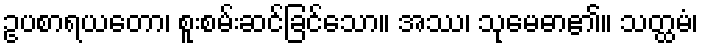
ဥပစာရယတော၊ စူးစမ်းဆင်ခြင်သော။ အဿ၊ သုမေဓာ၏။ သတ္ထမံ၊